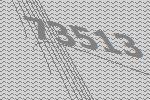
73513